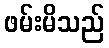
ဖမ်းမိသည်